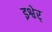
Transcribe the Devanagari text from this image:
इश्वेर्